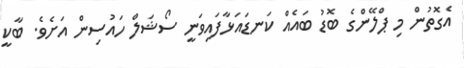
އެގޮތުން މި ޕްލޭންގެ ބޮޑު ބައެއް ކަނޑައަޅާފައިވަނީ ސޯޝަލް ހައުސިން އަށެވެ. ބާކީ